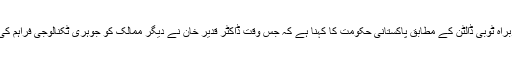
کارنیگی اینڈاؤمنٹ میں نیوکلیئر پالیسی پروگرام کے سربراہ ٹوبی ڈالٹن کے مطابق پاکستانی حکومت کا کہنا ہے کہ جس وقت ڈاکٹر قدیر خان نے دیگر ممالک کو جوہری ٹکنالوجی فراہم کی، اُس وقت اس بارے میں کوئی قوانین موجود نہیں تھے۔